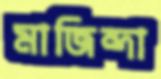
মাজিন্দা